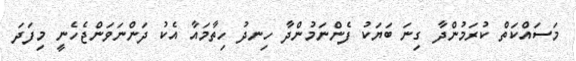
މަސައްކަތް ކުރަމުންދާ ގިނަ ބަޔަކު ފެންނަމުންދާ ހިނދު ހިތާމައާ އެކު ދަންނަވަންޖެހެނީ މިފަދަ